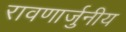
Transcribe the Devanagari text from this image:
रावणार्जुनीय